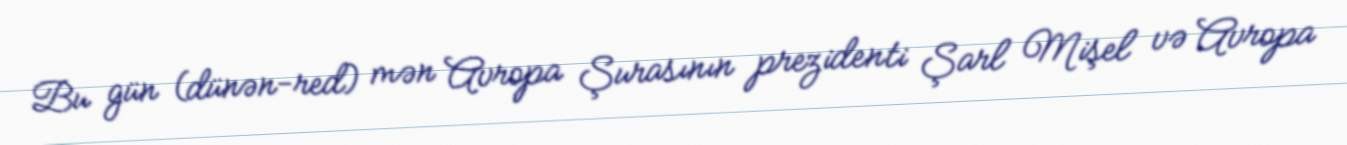
Bu gün (dünən-red) mən Avropa Şurasının prezidenti Şarl Mişel və Avropa